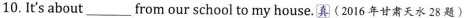
10.It'sabout___from our school to my house.(2016年甘肃天水28题)